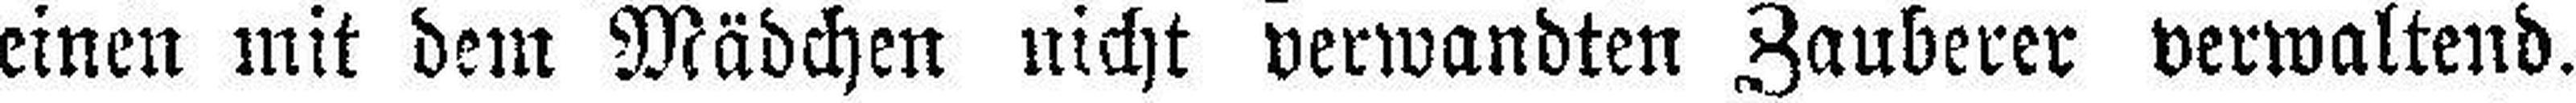
einen mit dem Mädchen nicht verwandten Zauberer verwaltend.